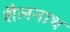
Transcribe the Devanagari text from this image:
शैलनाथ